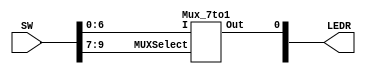
module MUX(LEDR, SW);
 input [9:0] SW;
 output [9:0]LEDR;
 
 Mux_7to1 x1(.MUXSelect(SW[9:7]), .I(SW[6:0]), .Out(LEDR[0]));
endmodule

module Mux_7to1(MUXSelect, I, Out);
 input [6:0]I;
 input [2:0]MUXSelect;
 output reg Out;
 
 always@(*)
 begin
   case(MUXSelect[2:0])
	 
	  3'b000: Out = I[0]; 
	  3'b001: Out = I[1];
	  3'b010: Out = I[2];
	  3'b011: Out = I[3];
	  3'b100: Out = I[4];
	  3'b101: Out = I[5];
	  3'b110: Out = I[6];
     default: Out = 3'b111;
   endcase
 end
endmodule